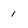
Character: 1